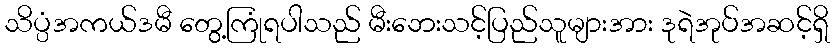
သိပ္ပံအကယ်ဒမီ တွေ့ကြုံရပါသည် မီးဘေးသင့်ပြည်သူများအား ဒုရဲအုပ်အဆင့်ရှိ